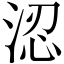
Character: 涊